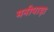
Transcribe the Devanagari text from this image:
मनीपाड़ा